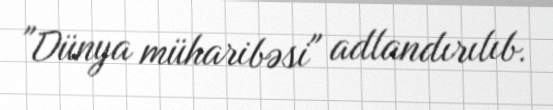
"Dünya müharibəsi" adlandırılıb.